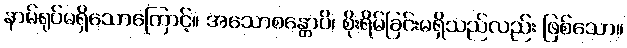
နာမ်ရုပ်မရှိသောကြောင့်။ အသောစန္တောပိ၊ စိုးရိမ်ခြင်းမရှိသည်လည်း ဖြစ်သော။